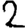
Digit: 2